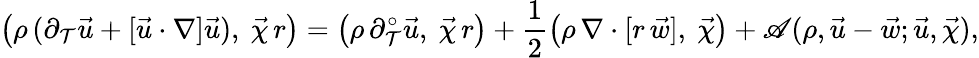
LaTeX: \bigl(\rho\, (\partial_{\mathcal{T}}\vec{{u}}+[\vec{{u}}\cdot\nabla]\vec{{u}}),~\vec{{\chi}}\, r\bigr)=\bigl(\rho\, \partial_{\mathcal{T}}^{\circ}\vec{{u}},~\vec{{\chi}}\, r\bigr)+\frac{{1}}{{2}}\bigl(\rho\, \nabla\cdot[r\, \vec{{w}}],~\vec{{\chi}}\bigr)+\mathscr{{A}}(\rho,\vec{{u}}-\vec{{w}};\vec{{u}},\vec{{\chi}}),